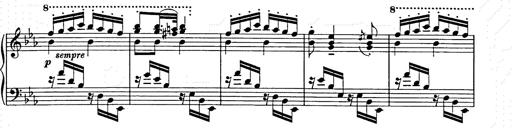
Title: Hungarian Rhapsody No.9
Composer: Franz Liszt
Key: E-flat major